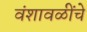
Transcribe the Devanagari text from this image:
वंशावळींचे